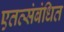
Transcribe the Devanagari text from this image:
एतत्संबंधित